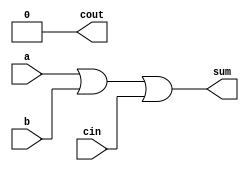
`timescale 1ns / 1ps
//////////////////////////////////////////////////////////////////////////////////
// Company: 
// Engineer: 
// 
// Design Name: 
// Module Name:    approximate_full_adder 
// Project Name: 
// Target Devices: 
// Tool versions: 
// Description: 
//
// Dependencies: 
//
// Revision: 
// Revision 0.01 - File Created
// Additional Comments: 
//
//////////////////////////////////////////////////////////////////////////////////
module approximate_full_adder(

input a,
input b,
input cin,
output sum,
output cout
);


assign sum = a|b|cin ;
assign cout = 0;


endmodule